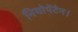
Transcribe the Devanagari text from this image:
नियोपेंटेन।